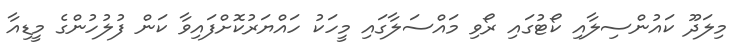
މިލަދޫ ކައުންސިލާއި ކޯޓުގައި ރޯވި މައްސަލާގައި މީހަކު ހައްޔަރުކޮށްފައިވާ ކަން ފުލުހުންގެ މީޑިއާ